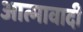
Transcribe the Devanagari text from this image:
आत्मावादी